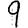
Digit: 9